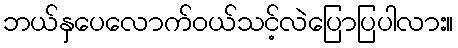
ဘယ်နှပေလောက်ဝယ်သင့်လဲပြောပြပါလား။